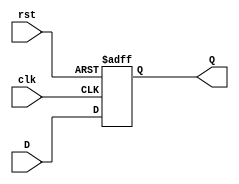
`timescale 1ns / 1ps
//////////////////////////////////////////////////////////////////////////////////
// Company: 
// Engineer: 
// 
// Design Name: 
// Module Name: flip_flop
// Project Name: 
// Target Devices: 
// Tool Versions: 
// Description: 
// 
// Dependencies: 
// 
// Revision:
// Revision 0.01 - File Created
// Additional Comments:
// 
//////////////////////////////////////////////////////////////////////////////////


module flip_flop
(input clk, input rst, input D, output reg Q);
always @ (posedge clk or posedge rst)
if (rst) begin
Q <= 1'b0;
end else begin
Q <= D;
end
endmodule